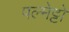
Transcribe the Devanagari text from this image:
पल्मेट्टो